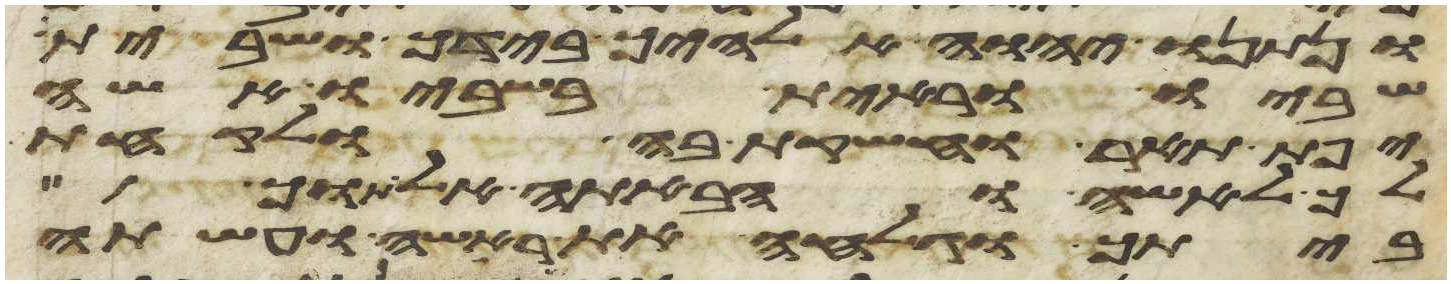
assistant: ונתנו יהוה אלהיך בידך ושבית
שביו וראית בשביו אשה
יפת תאר וחשקת בה ולקחתה
לך לאשה והבאתה אל תוך
ביתך וגלחה את ראשה ועשתה